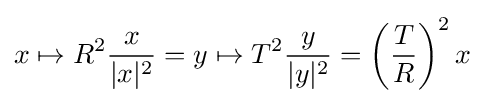
x\mapsto R^{2}{\frac {x}{|x|^{2}}}=y\mapsto T^{2}{\frac {y}{|y|^{2}}}=\left({\frac {T}{R}}\right)^{2}x